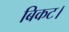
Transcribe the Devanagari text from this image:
बिकट।